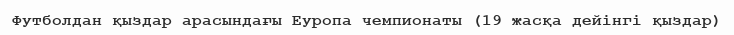
Футболдан қыздар арасындағы Еуропа чемпионаты (19 жасқа дейінгі қыздар)